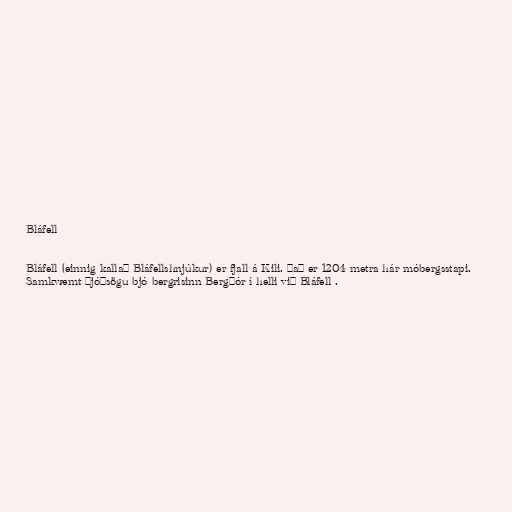
Bláfell

Bláfell (einnig kallað Bláfellshnjúkur) er fjall á Kili. Það er 1204 metra hár móbergsstapi.
Samkvæmt þjóðsögu bjó bergrisinn Bergþór í helli við Bláfell .